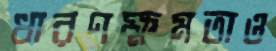
ধারণক্ষমতাও